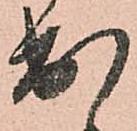
出